Report on vaccination in Madras 1904-1921 - 1904-1921
Year: 1904
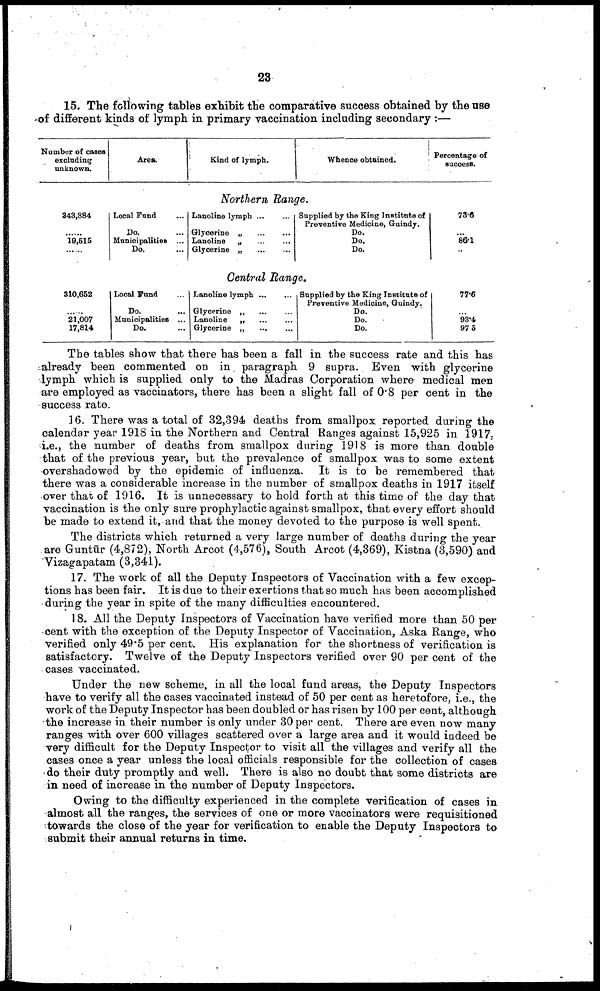
23
15. The following tables exhibit the comparative success obtained by the use
of different kinds of lymph in primary vaccination including secondary :—
Number of cases
excluding
unknown.
Area.
Kind of lymph.
Whence obtained.
Percentage of
success.
Northern Range.
343,884
.....
19,515
Local Fund
Do.
Municipalities ...
Do. ...
Lanoline lymph ...
Glycerine „ ...
...
Lanoline
„ ...
...
Glycerine „ ...
...
Supplied by the King Institute of
Preventive Medicine, Guindy.
Do.
Do.
Do.
73.6
...
86.1
...
Central Range.
310,652
21,007
17,814
Local Fund
Do.
Municipalities ...
Do.
Lanoline lymph... ...
Glycerine „
Lanoline
„
Glycerine
Supplied by the King Institute of
Preventive Medicine, Guindy.
Do.
Do.
Do.
77.6
...
93.4
97.5
The tables show that there has been a fall in the success rate and this has
already been commented on in paragraph 9 supra. Even with glycerine
lymph which is supplied only to the Madras Corporation where medical men
are employed as vaccinators, there has been a slight fall of 0.8 per cent in the
success rate.
16. There was a total of 32,394 deaths from smallpox reported during the
calendar year 1918 in the Northern and Central Ranges against 15,925 in 1917,
i.e., the number of deaths from smallpox during 1918 is more than double
that of the previous year, but the prevalence of smallpox was to some extent
overshadowed by the epidemic of influenza. It is to be remembered that
there was a considerable increase in the number of smallpox deaths in 1917 itself
over that of 1916. It is unnecessary to hold forth at this time of the day that
vaccination is the only sure prophylactic against smallpox, that every effort should
be made to extend it, and that the money devoted to the purpose is well spent.
The districts which returned a very large number of deaths during the year
are Guntūr (4,872), North Arcot (4,576), South Arcot (4,369), Kistna (3,590) and
Vizagapatam (3,341).
17. The work of all the Deputy Inspectors of Vaccination with a few excep
tions has been fair. It is due to their exertions that so much has been accomplished
during the year in spite of the many difficulties encountered.
18. All the Deputy Inspectors of Vaccination have verified more than 50 per
cent with the exception of the Deputy Inspector of Vaccination, Aska Range, who
verified only 49.5 per cent. His explanation for the shortness of verification is
satisfactory. Twelve of the Deputy Inspectors verified over 90 per cent of the
cases vaccinated.
Under the new scheme, in all the local fund areas, the Deputy Inspectors
have to verify all the cases vaccinated instead of 50 per cent as heretofore, i.e., the
work of the Deputy Inspector has been doubled or has risen by 100 per cent, although
the increase in their number is only under 30 per cent. There are even now many
ranges with over 600 villages scattered over a large area and it would indeed be
very difficult for the Deputy Inspector to visit all the villages and verify all the
cases once a year unless the local officials responsible for the collection of cases
do their duty promptly and well. There is also no doubt that some districts are
in need of increase in the number of Deputy Inspectors.
Owing to the difficulty experienced in the complete verification of cases in
almost all the ranges, the services of one or more vaccinators were requisitioned
towards the close of the year for verification to enable the Deputy Inspectors to
submit their annual returns in time.